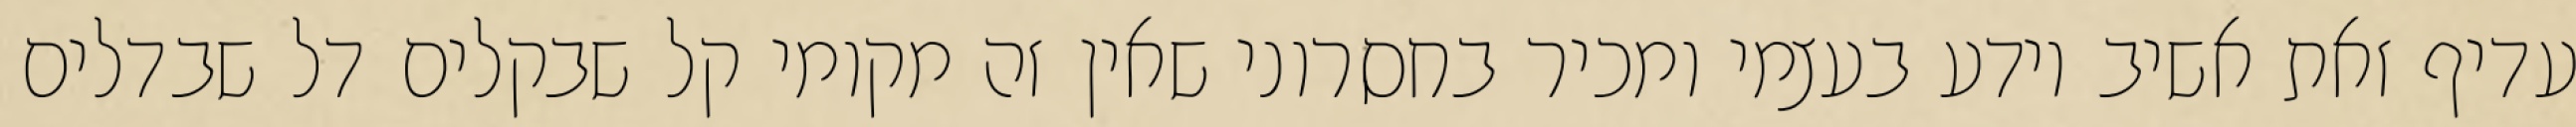
עדיף זאת אשיב יודע בעצמי ומכיר בחסרוני שאין זה מקומי קל שבקלים דל שבדלים